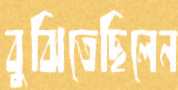
বুঝিতেছিলেন